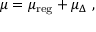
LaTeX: \mu = \mu _ { \mathrm { r e g } } + \mu _ { \Delta } \ ,